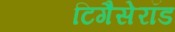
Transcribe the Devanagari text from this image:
टिगैसेरॉड